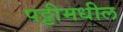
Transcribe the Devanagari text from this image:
पट्टीमधील